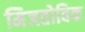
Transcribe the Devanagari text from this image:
मिजतोविक